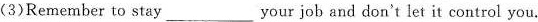
(3)Remember to stay___your job and don't let it control you.